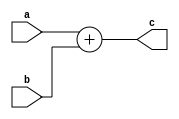
`timescale 1ns / 1ps
//////////////////////////////////////////////////////////////////////////////////
// Company: 
// Engineer: 
// 
// Design Name: 
// Module Name: funct
// Project Name: 
// Target Devices: 
// Tool Versions: 
// Description: 
// 
// Dependencies: 
// 
// Revision:
// Revision 0.01 - File Created
// Additional Comments:
// 
//////////////////////////////////////////////////////////////////////////////////


module funct(
    input [3:0] a,b,
    output [4:0] c
    );
    function [4:0] addition (input [3:0]i1,input [3:0] i2);
    addition=i1+i2;
    endfunction
    
    assign c=addition(a,b);
endmodule